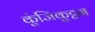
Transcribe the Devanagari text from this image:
कुंजिकुट्टन